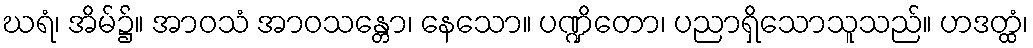
ဃရံ၊ အိမ်၌။ အာဝသံ အာဝသန္တော၊ နေသော။ ပဏ္ဍိတော၊ ပညာရှိသောသူသည်။ ဟဒတ္ထံ၊